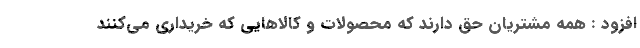
افزود : همه مشتریان حق دارند که محصولات و کالاهایی که خریداری می‌کنند